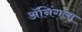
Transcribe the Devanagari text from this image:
ॲनिंगला